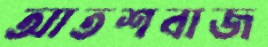
আতশবাজ